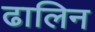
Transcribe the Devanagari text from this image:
ढालिन